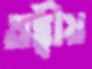
তত্ত্বীয়